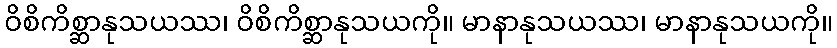
ဝိစိကိစ္ဆာနုသယဿ၊ ဝိစိကိစ္ဆာနုသယကို။ မာနာနုသယဿ၊ မာနာနုသယကို။